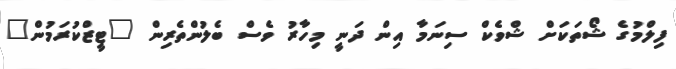
ފިލްމުގެ ޝޯތަކަށް ޝްވެކް ސިނަމާ އިން ދަނީ މިހާރު ވެސް ބެލުންތެރިން "ޓީޒްކުރަމުން"